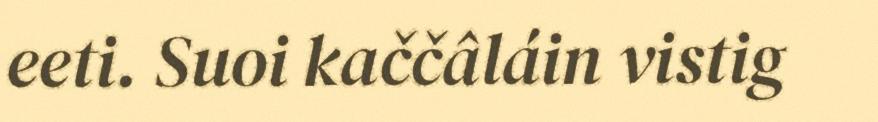
eeti. Suoi kaččâláin vistig